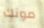
مونك